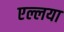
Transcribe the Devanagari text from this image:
एल्लया